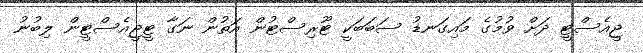
ޖީއެސްޓީ ދަށް ވުމުގެ މައިގަނޑު ސަބަބަކީ ޓޫރިސްޓުން އަތުން ނަގާ ޓީޖީއެސްޓީން ލިބުނު